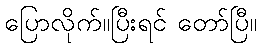
ပြောလိုက်။ပြီးရင် တော်ပြီ။